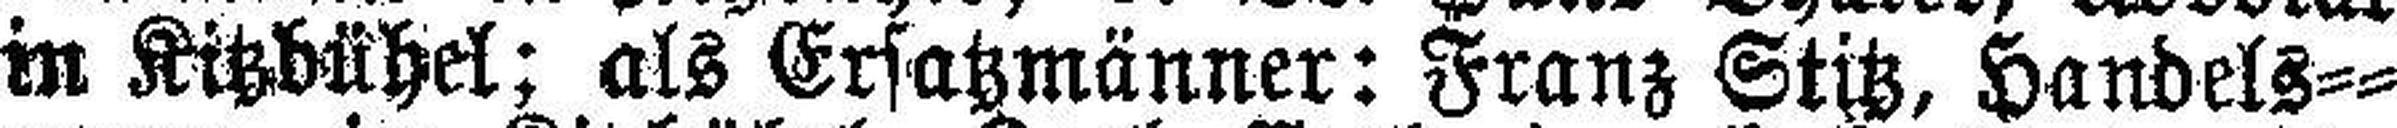
in Kitzbühel; als Ersatzmänner: Franz Stitz, Handels¬